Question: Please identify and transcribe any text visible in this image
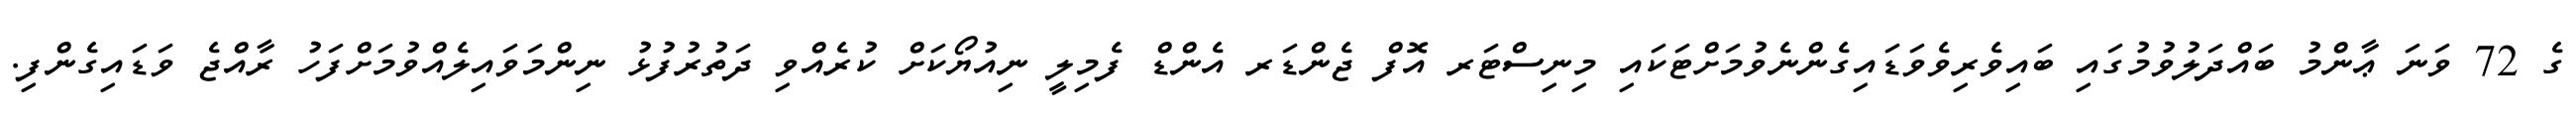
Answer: ގެ 72 ވަނަ ޢާންމު ބައްދަލުވުމުގައި ބައިވެރިވެވަޑައިގެންނެވުމަށްޓަކައި މިނިސްޓަރ އޮފް ޖެންޑަރ އެންޑް ފެމިލީ ނިއުޔޯކަށް ކުރެއްވި ދަތުރުފުޅު ނިންމަވައިލެއްވުމަށްފަހު ރާއްޖެ ވަޑައިގެންފި.